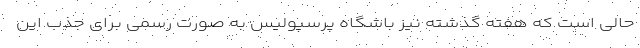
حالی است که هفته گذشته نیز باشگاه پرسپولیس به صورت رسمی برای جذب این